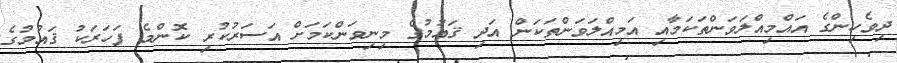
ދިވެހިންގެ އައްމިއްލަވަންތަކަމާއި އަމިއްލަވަންތަކަން އަދި ޤައުމުގެ މިނިވަންކަމަށް އަސަރުކުރި ކޮންމެ ފަހަރަކު ޤައުމުގެ